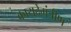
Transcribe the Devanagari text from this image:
कायदेमंत्रीण